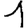
Digit: 1